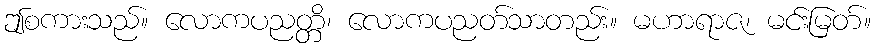
ဤစကားသည်။ လောကပညတ္တိ၊ လောကပညတ်သာတည်း။ မဟာရာဇ၊ မင်းမြတ်။